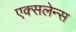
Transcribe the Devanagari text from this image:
एक्सलेन्स